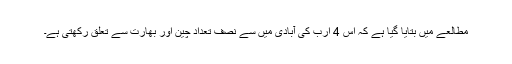
مطالعے میں بتایا گیا ہے کہ اس 4 ارب کی آبادی میں سے نصف تعداد چین اور بھارت سے تعلق رکھتی ہے۔